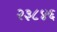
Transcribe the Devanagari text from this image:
२३८४६